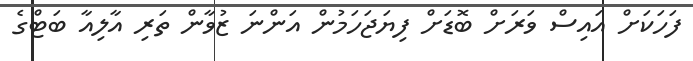
ފަހަކަށް އައިސް ވަރަށް ބޮޑަށް ފިޔަޖަހަމުން އަންނަ ޒުވާން ތަރި އާލިއާ ބަޓްގެ